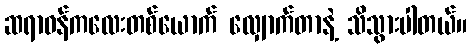
ဆရာဝန်ကလေးတစ်ယောက် လျှောက်တာနဲ့ သိသွားပါတယ်။